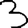
Digit: 3